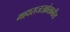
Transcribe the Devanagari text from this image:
महाराजउल्लेखनीय